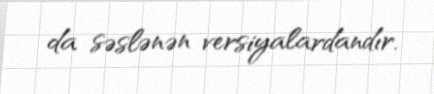
da səslənən versiyalardandır.